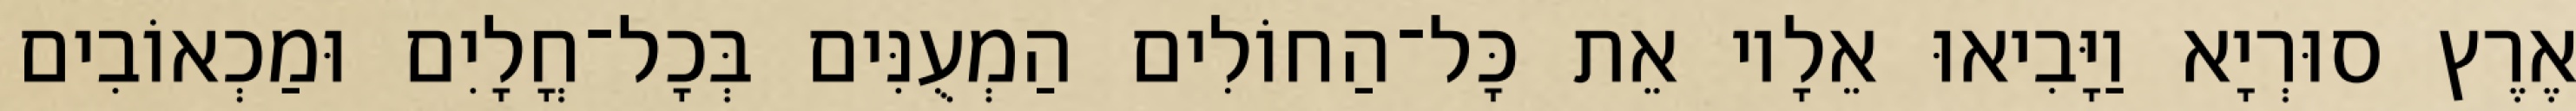
אֶרֶץ סוּרְיָא וַיָּבִיאוּ אֵלָיו אֵת כָּל־הַחוֹלִים הַמְעֻנִּים בְּכָל־חֳלָיִם וּמַכְאוֹבִים